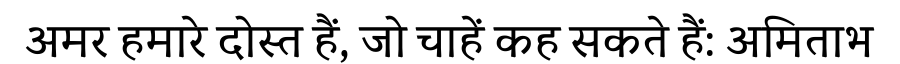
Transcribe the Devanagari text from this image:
अमर हमारे दोस्त हैं, जो चाहें कह सकते हैं: अमिताभ